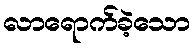
လာရောက်ခဲ့သော